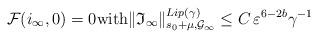
LaTeX: \begin{align*}\mathcal{F}(i_{\infty}, 0)=0 \mbox{with} \lVert \mathfrak{I}_{\infty} \rVert_{s_0+\mu, \mathcal{G}_{\infty}}^{Lip(\gamma)}\le C\,\varepsilon^{6- 2 b} \gamma^{-1}\end{align*}